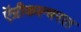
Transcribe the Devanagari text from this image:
ऍग्रीकल्चरल